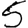
Digit: 5